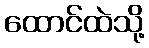
ထောင်ထဲသို့